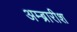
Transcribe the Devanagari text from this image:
अम्ब्रारीश